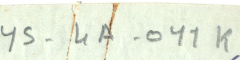
YS-4A-011K